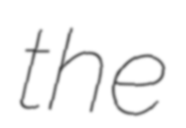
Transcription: the